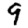
Digit: 9